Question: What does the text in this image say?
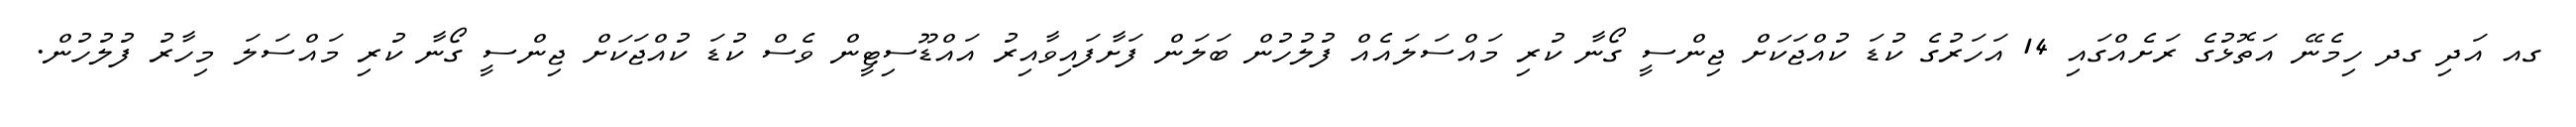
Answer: ގއ އަދި ގދ ހިމެނޭ އަތޮޅުގެ ރަށެއްގައި 14 އަހަރުގެ ކުޑަ ކުއްޖަކަށް ޖިންސީ ގޯނާ ކުރި މައްސަލައެއް ފުލުހުން ބަލަން ފަށާފައިވާއިރު އައްޑޫސިޓީން ވެސް ކުޑަ ކުއްޖަކަށް ޖިންސީ ގޯނާ ކުރި މައްސަލަ މިހާރު ފުލުހުން.